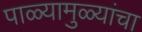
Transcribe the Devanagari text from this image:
पाळ्यामुळ्यांचा